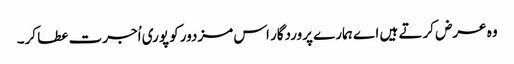
وہ عرض کرتے ہیں اے ہمارے پروردگار اس مزدور کو پوری اُجرت عطا کر۔